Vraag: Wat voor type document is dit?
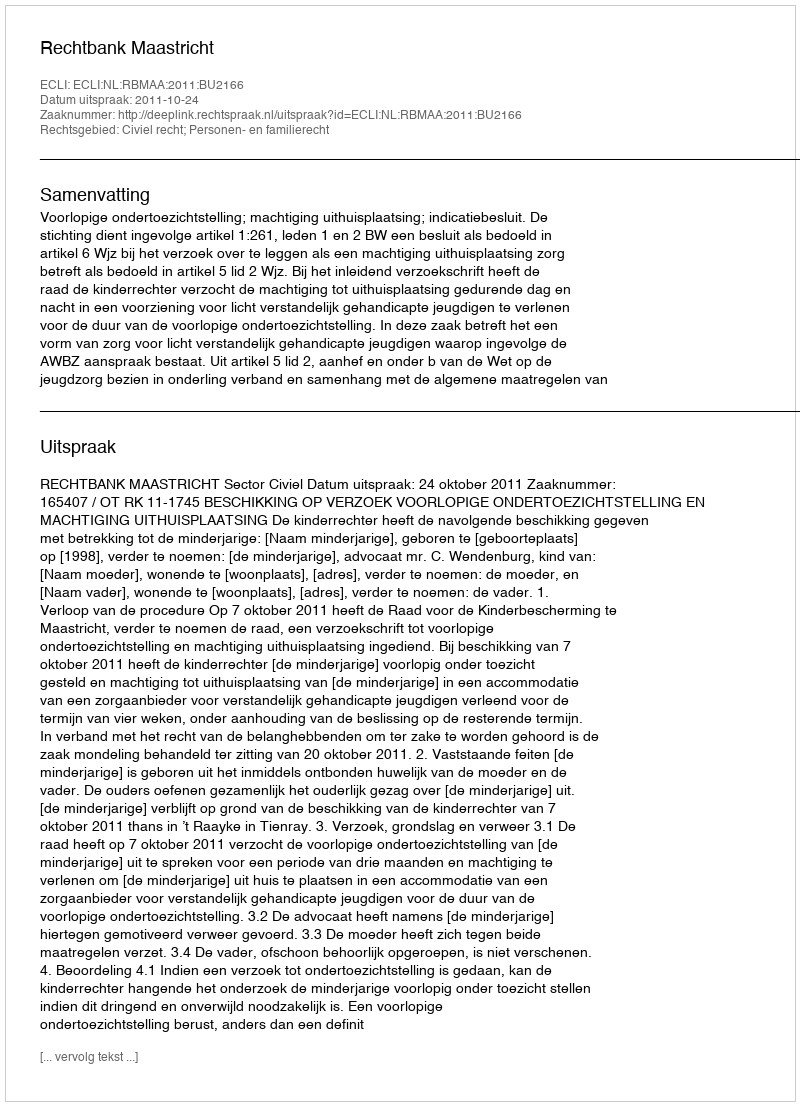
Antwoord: Uitspraak